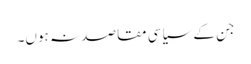
جن کے سیاسی مقاصد نہ ہوں۔